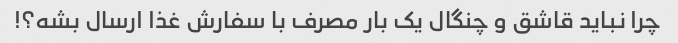
چرا نباید قاشق و چنگال یک بار مصرف با سفارش غذا ارسال بشه؟!